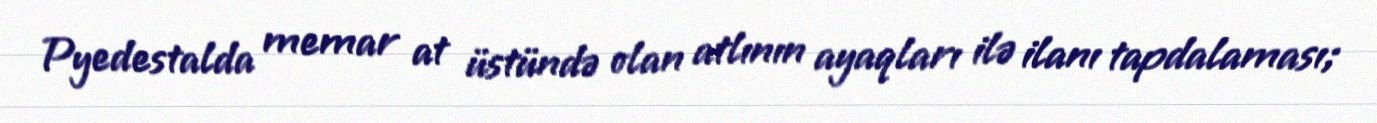
Pyedestalda memar at üstündə olan atlının ayaqları ilə ilanı tapdalaması;